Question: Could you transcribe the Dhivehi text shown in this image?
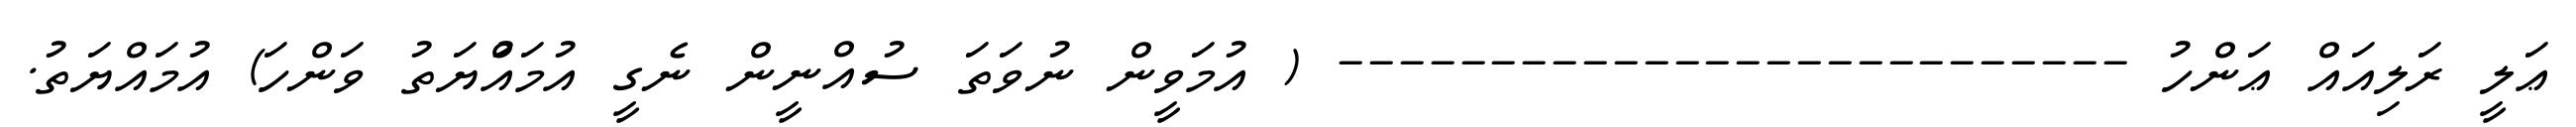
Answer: ޢަލީ ރަލިއައް ޢަންހު -------------------------- ( އުމަވީން ނުވަތަ ސުއްނީން ނެގީ އުމައްުޔަތު ވަންހަ) އުމައްޔަތު.